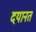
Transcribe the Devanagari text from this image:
दयानत